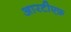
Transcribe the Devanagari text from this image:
आरटीएफ़